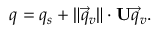
q = q _ { s } + \lVert { \vec { q } } _ { v } \rVert \cdot \mathbf { U } { \vec { q } } _ { v } .